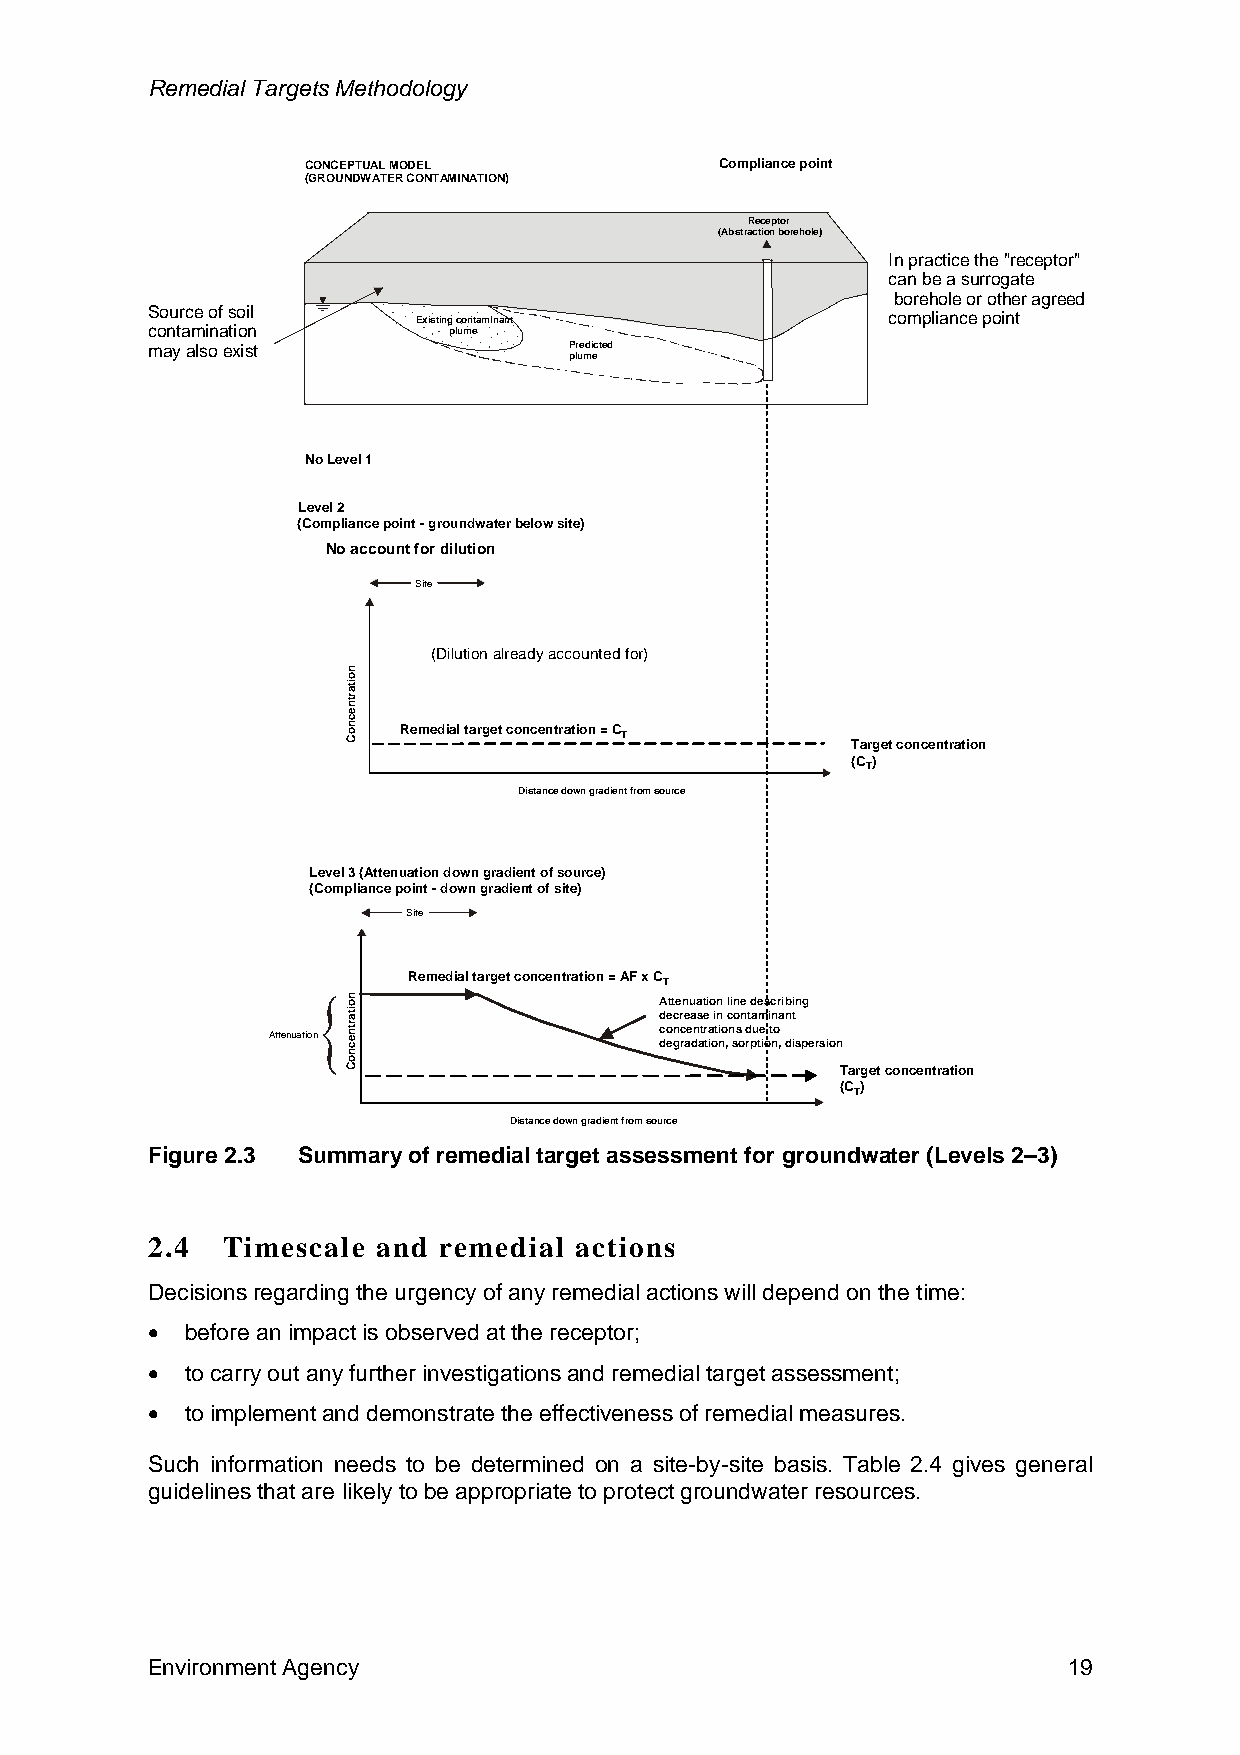
Remedial Targets Methodology
 CONCEPTUAL MODEL            Compliance point
 (GROUNDWATER CONTAMINATION)
 Receptor
 (Abstraction borehole)
 In practice the "receptor"
 can be a surrogate
 borehole or other agreed
 Source of soil    Existing contaminant           compliance point
 contamination       plume
 may also exist              Predicted
 plume
 No Level 1
 Level 2
 (Compliance point -groundwater below site)
 No account for dilution
 Site
 (Dilution already accounted for)
 Remedial target concentration = C
 T
 Target concentration
 (C)
 T
 Distance down gradient from source
 Level 3 (Attenuation down gradient of source)
 (Compliance point -down gradient of site)
 Site
 Remedial target concentration = AF x C
 T
 Attenuation line describing
 decrease in contaminant
 concentrations due to
 Attenuation
 degradation, sorption, dispersion
 Target concentration
 (C)
 T
 Distance down gradient from source
 Figure 2.3 Summary of remedial target assessment for groundwater (Levels 2–3)
 2.4  Timescale and remedial actions
 Decisions regarding the urgency of any remedial actions will depend on the time:
 • before an impact is observed at the receptor;
 • to carry out any further investigations and remedial target assessment;
 • to implement and demonstrate the effectiveness of remedial measures.
 Such information needs to be determined on a site-by-site basis. Table 2.4 gives general
 guidelines that are likely to be appropriate to protect groundwater resources.
 Environment Agency                                           19
 noitartnecnoC
 noitartnecnoC